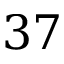
3 7